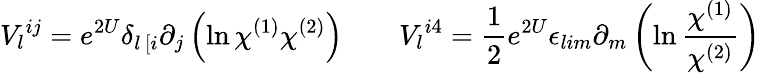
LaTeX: V_{l}{}^{ij}=e^{2U}\delta_{l\, [i}\partial_{j}\left(\ln\chi^{(1)}\chi^{(2)}\right)\qquad V_{l}{}^{i4}={\frac{1}{2}}e^{2U}\epsilon_{lim}\partial_{m}\left(\ln{\frac{\chi^{(1)}}{\chi^{(2)}}}\right)